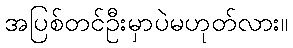
အပြစ်တင်ဦးမှာပဲမဟုတ်လား။